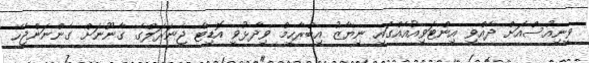
ވީނިއުސްއަށް ދެއްވި އިންޓަވިއުއެއްގައި ނިޔާޒު އިބްރާހީމް ވިދާޅުވީ އޮޑިޓާ ޖެނަރަލްގެ ގާނޫނަށް ގެންނަންޖެހޭ